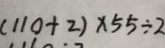
( 1 1 0 + 2 ) \times 5 5 \div 2